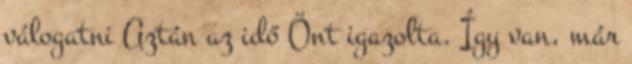
válogatni Aztán az idő Önt igazolta. Így van, már